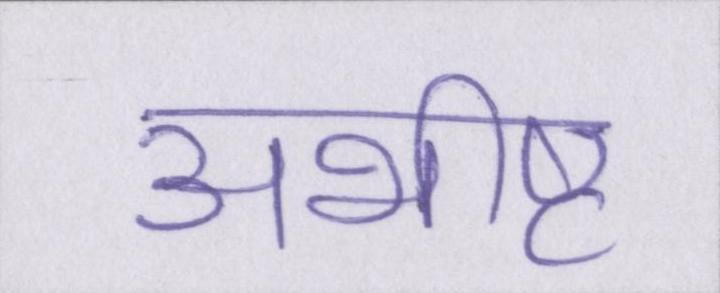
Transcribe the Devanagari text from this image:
अभीष्ट